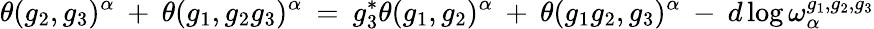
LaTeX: \theta(g_{2},g_{3})^{\alpha}\: +\: \theta(g_{1},g_{2}g_{3})^{\alpha}\: =\: g_{3}^{*}\theta(g_{1},g_{2})^{\alpha}\: +\: \theta(g_{1}g_{2},g_{3})^{\alpha}\: -\: d\log\omega_{\alpha}^{g_{1},g_{2},g_{3}}